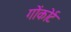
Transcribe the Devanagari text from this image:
गोंकोर्ट